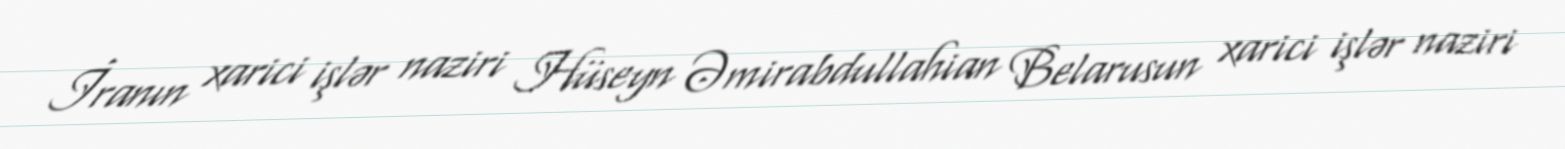
İranın xarici işlər naziri Hüseyn Əmirabdullahian Belarusun xarici işlər naziri